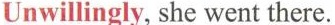
Unwillingly, she went there